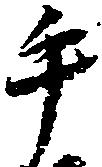
手